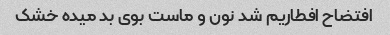
افتضاح افطاریم شد نون و ماست بوی بد میده خشک